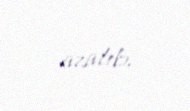
azalıb.